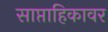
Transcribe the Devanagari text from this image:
साप्ताहिकावर